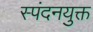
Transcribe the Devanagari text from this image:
स्पंदनयुक्त